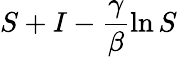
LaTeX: S+I-\frac{\gamma}{\beta}\ln S